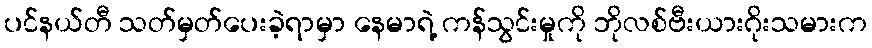
ပင်နယ်တီ သတ်မှတ်ပေးခဲ့ရာမှာ နေမာရဲ့ ကန်သွင်းမှုကို ဘိုလစ်ဗီးယားဂိုးသမားက